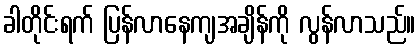
ခါတိုင်းရက် ပြန်လာနေကျအချိန်ကို လွန်လာသည်။